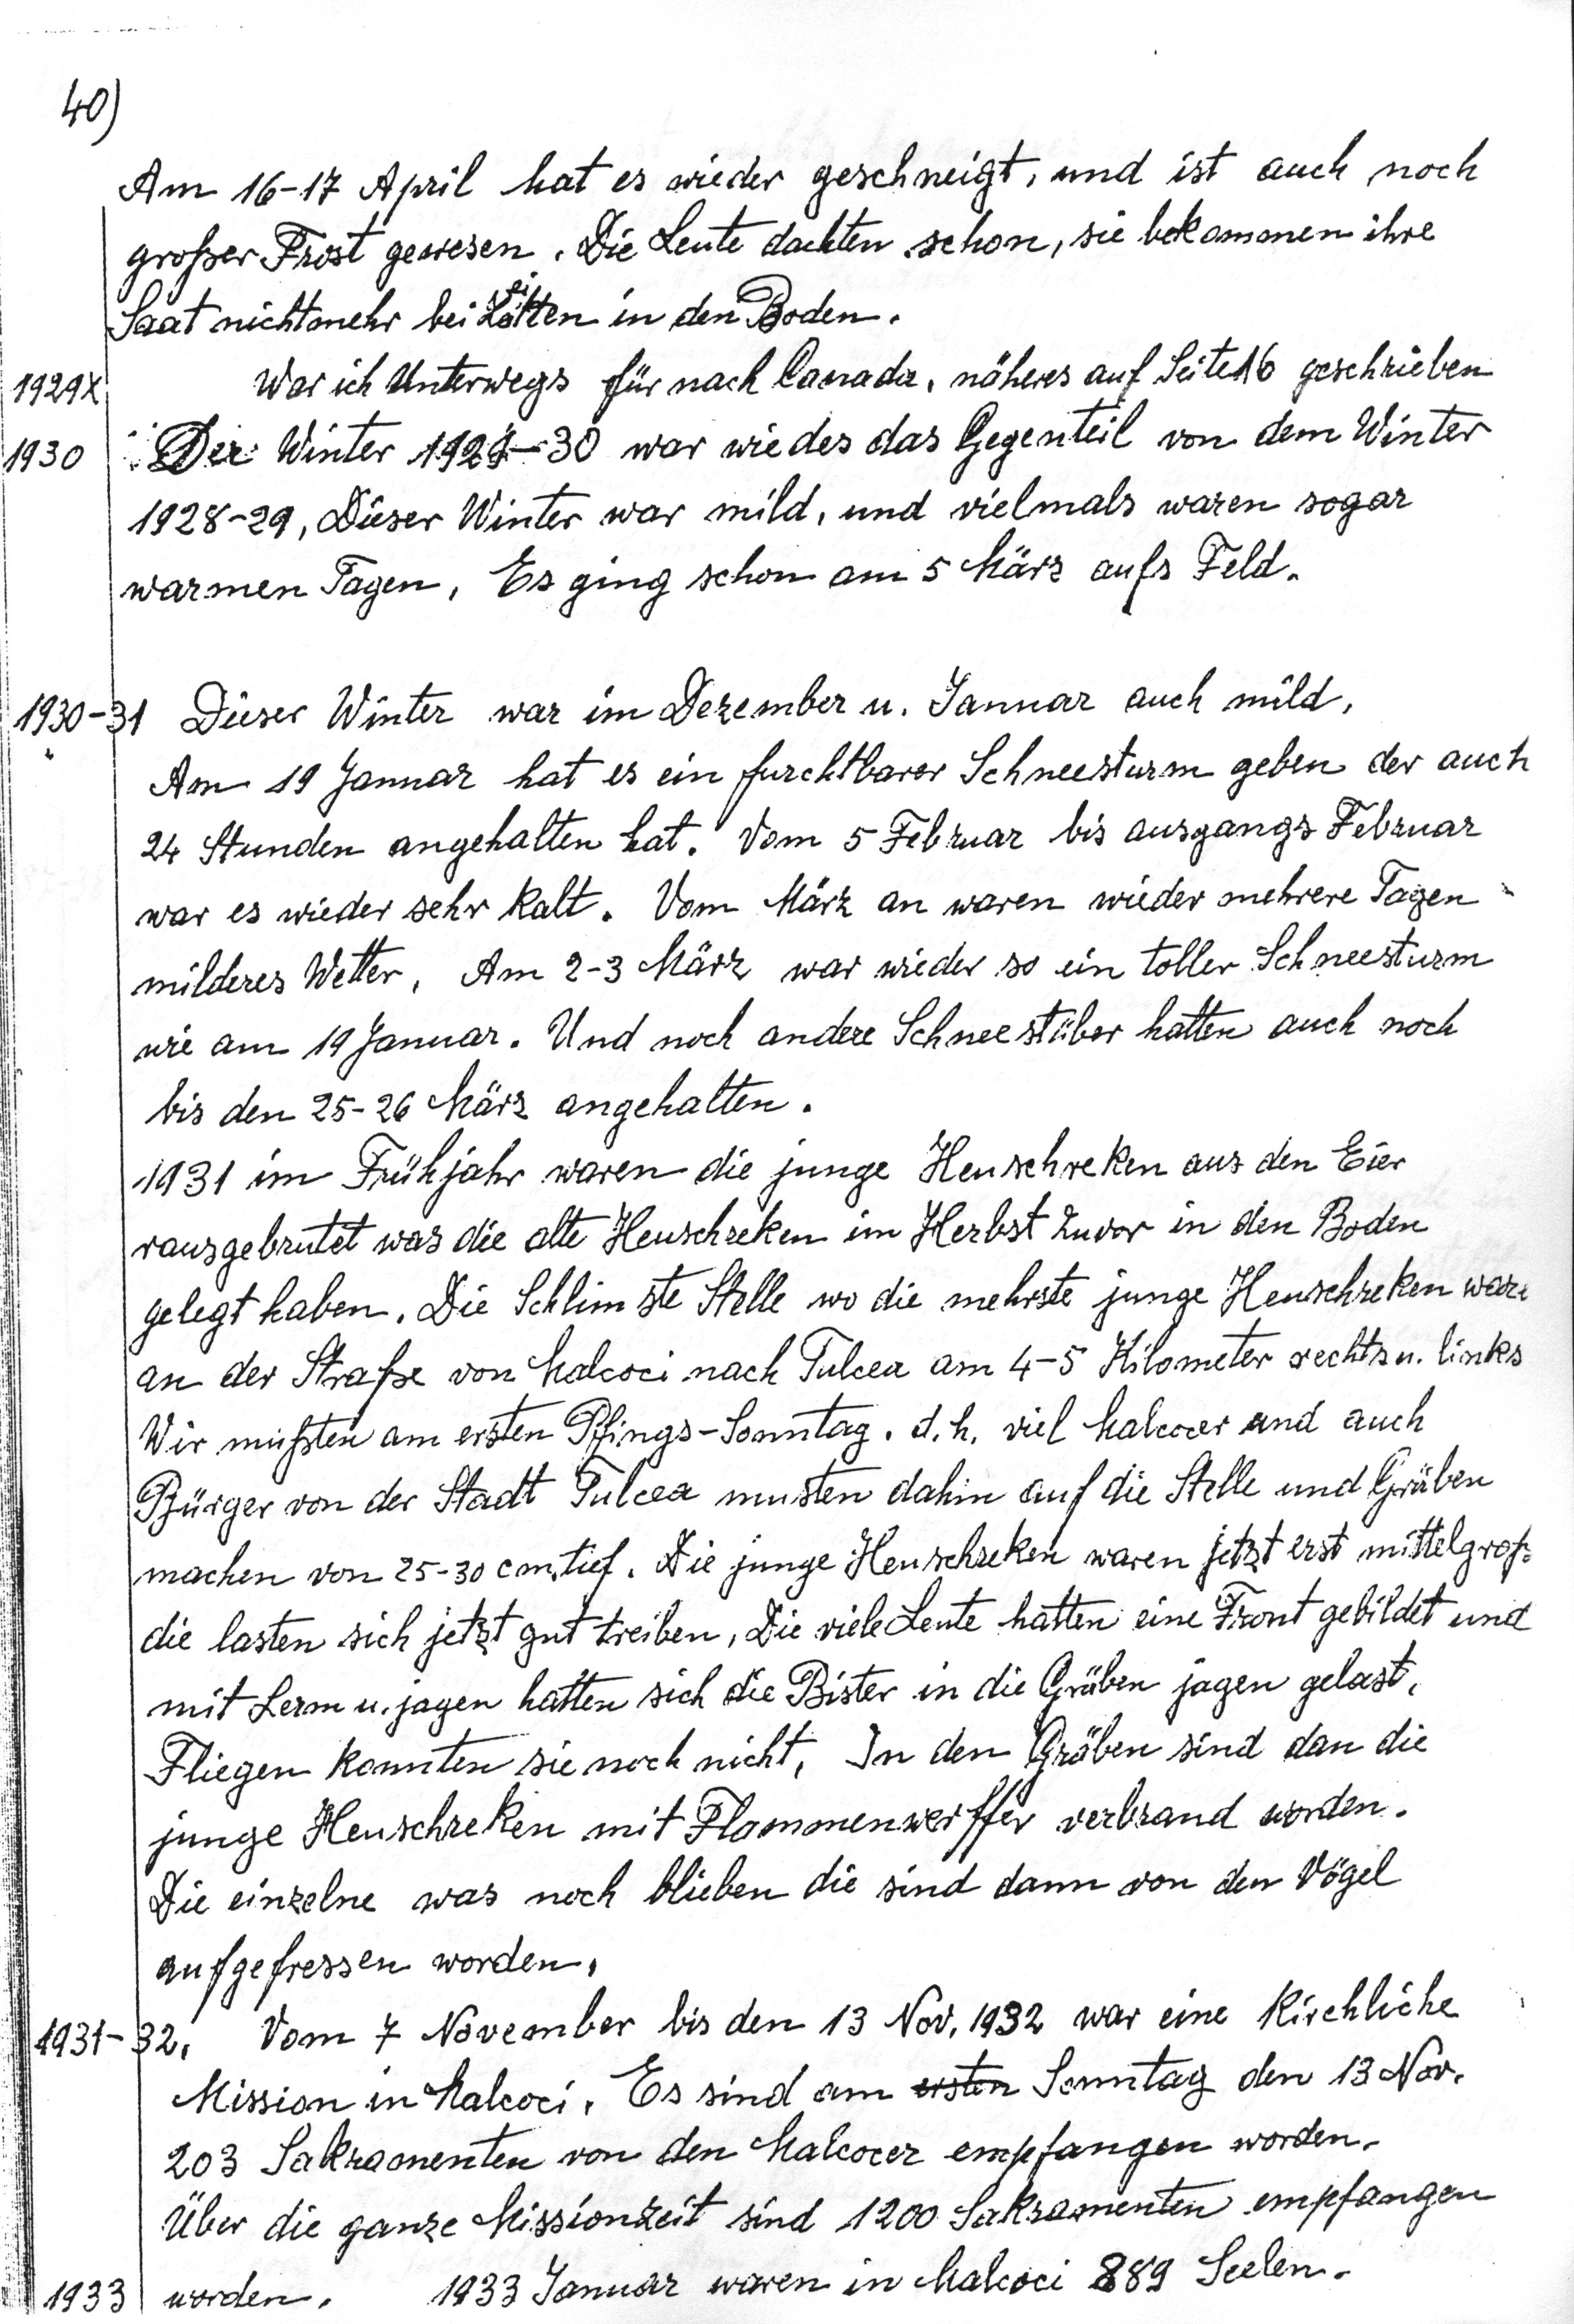
40)
Am 16-17 April hat es wieder geschneigt, und es ist auch noch
großer Frost gewesen. Die Leute dachten schon, sie bekommen ihre
Saat nicht mehr beiZeiten in den Boden.
1929X  War ich unterwegs nach Canada, näheres auf Seite 16 geschrieben
1930 Der Winter 1929-30 war wie das Gegenteil von dem Winter
1928-29. Dieser Winter war mild, und vielmals waren sogar
warmen Tagen. Es gin schon am 5 März aufs Feld.
1930-31 Dieser Winter war im Dezember u. Januar auch mild.
Am 19 Januar hat es ein furchtbarer Schneesturm geben der auch
24 Stunden angehalten hat. Vom 5 Februar bis ausgangs Februar
war es wieder sehr kalt. Vom März an waren wieder mehrere Tagen
milderes Wetter. Am 2-3 März war wieder so ein toller Schneesturm
wie am 19 Januar. Und noch andere Schneestüber hatten auch noch
bis den 25-26 März angehalten.
1931 im Frühjahr waren die junge Heuschreken aus den Eier
rausgebrutet was die alte Heuschreken im Herbst zuvor in den Boden
gelegt haben. Die Schlimste Stelle wo die mehrste junge Heuschreken waren
an der Straße von Malcoci nach Tulcea am 4-5 Kilometer rechts u. links
Wir mußten am ersten Pfings-Sonntag. d. h. viel Malcocer und auch
Bürger von der Stadt Tulcea musten dahin auf die Stelle und Gräben
machen von 25-30 cm tief. Die junge Heuschreken waren jetzt erst mittelgroß
die lasten sich jetzt gut treiben. Die viele Leute hatten eine Front gebildet und
mit Lerm u. jagen hatten sich die Bister in die Gräben jagen gelast.
Fliegen konnten sie noch nicht. In den Gräben sind dan die
junge Heuschreken mit Flammenerffer verbrand worden.
Die einzelne was noch blieben die sind dann von den Vögel
aufgeressen worden.
1931-32, Vom 7 November bis den 13 Nov. 1932 war eine kirchliche
Mission in Malcoci. Es sind am ersten Sonntag den 13 Nov.
203 Sakramenten von den malcocer empfangen worden.
Über die ganze Missionzeit sind 1200 Sakramenten empfangen
1933 worden.  1933 Januar waren in Malcoci 889 Seelen.